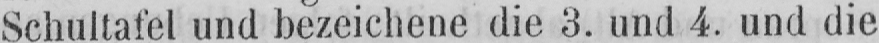
Schultafel und bezeichene die 3. und 4. und die